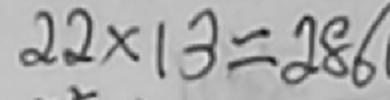
2 2 \times 1 3 = 2 8 6